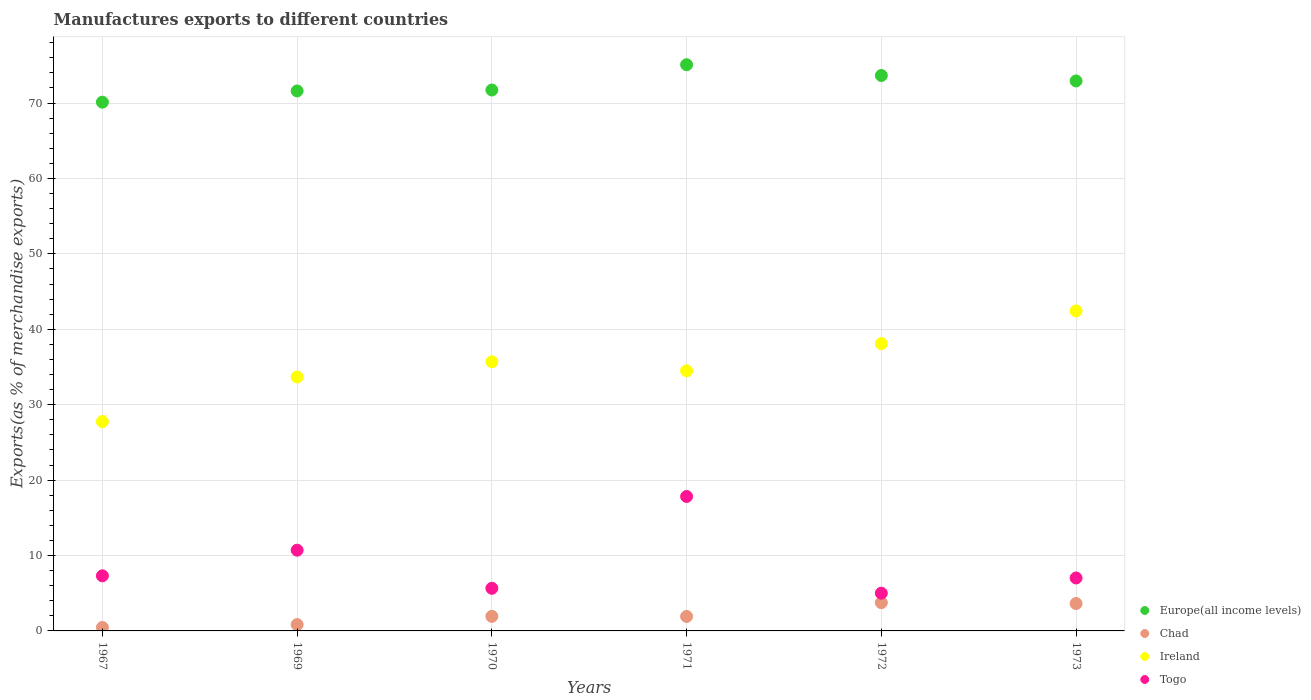
| Years | Europe(all income levels) | Chad | Ireland | Togo |
 | --- | --- | --- | --- | --- |
 | 1967 | 70.1 | 0.454 | 27.8 | 7.31 |
 | 1969 | 71.6 | 0.84 | 33.7 | 10.7 |
 | 1970 | 71.7 | 1.93 | 35.7 | 5.65 |
 | 1971 | 75.1 | 1.92 | 34.5 | 17.8 |
 | 1972 | 73.7 | 3.75 | 38.1 | 5.01 |
 | 1973 | 72.9 | 3.63 | 42.4 | 7.02 |